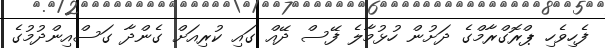
ފެހިވެހި ޕްރޮގްރާމްގެ ދަށުން ހުޅުމާލެ ފޭސް ދޭއް ގައި ކުރިއަށް ގެންދާ ގަސްއިންދުމުގެ